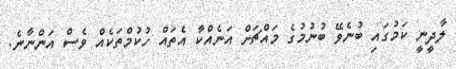
ލާދީނީ ކަމުގައި ބުނެވޭ ބުނުމުގެ މައްޗަށް އަނެއްކާ އެތައް ހުކުމްތަކެއް ވެސް އަންނާނެ.